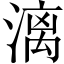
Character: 漓